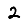
Digit: 2